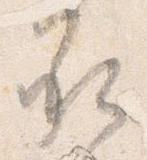
承